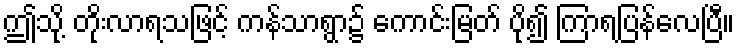
ဤသို့ တိုးလာရသဖြင့် ကန်သာရွာ၌ ကောင်းမြတ် ပို၍ ကြာရပြန်လေပြီ။